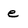
Character: e